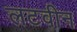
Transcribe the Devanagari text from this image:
लटवीन